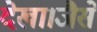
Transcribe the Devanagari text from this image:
देखा।जैसे